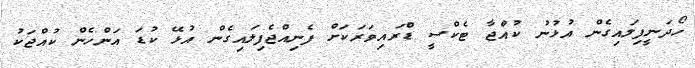
ހޯދަނީފިލައިގެން އުޅުނު ކުއްޖާ ޓެކްސީ ޑްރައިވަރަކަށް ފެނިއްޖެފިލައިގެން އުޅޭ ކުޑަ އަންހެން ކުއްޖަކު